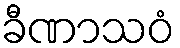
ခီဏာသဝံ